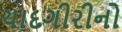
યાદગીરીનો